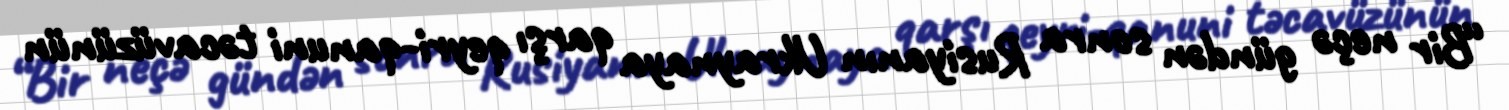
“Bir neçə gündən sonra Rusiyanın Ukraynaya qarşı qeyri-qanuni təcavüzünün